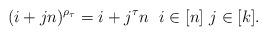
LaTeX: \begin{align*}(i+jn)^{\rho_\tau}=i+j^\tau n\ \ i\in[n]\,\,j\in[k].\end{align*}